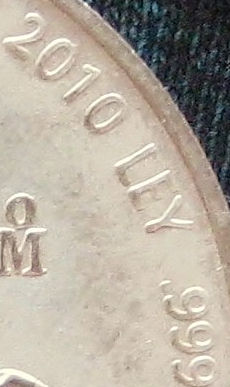
2010 LEY 999